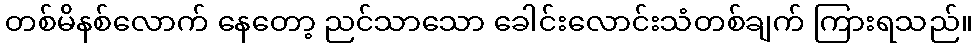
တစ်မိနစ်လောက် နေတော့ ညင်သာသော ခေါင်းလောင်းသံတစ်ချက် ကြားရသည်။